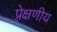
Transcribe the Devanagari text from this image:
प्रे़क्षणीय